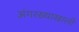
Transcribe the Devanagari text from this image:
अंगरख्याखाली